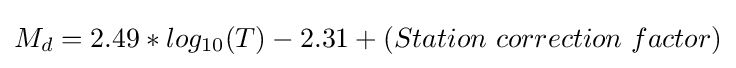
M_{d}=2.49*log_{10}(T)-2.31+(Station\ correction\ factor)